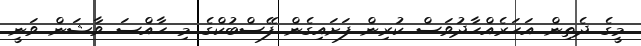
މީގެ ދެތިން އަހަރެއްހާދުވަސް ކުރިން ފަށައިގެން ފޭސްބުކްގެ މި ހާއްސަ ވާޝަން ވަނީ